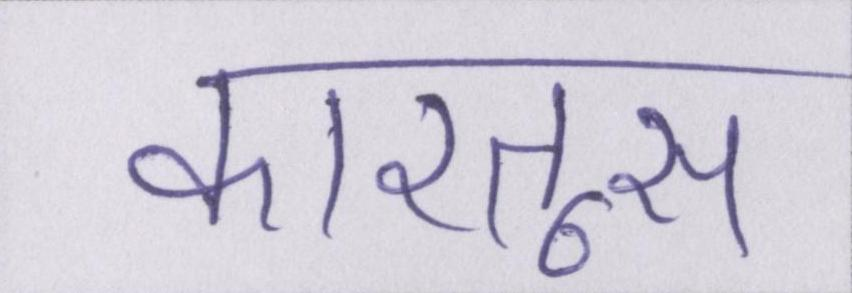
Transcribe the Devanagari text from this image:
कारतूस